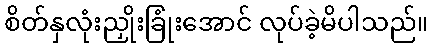
စိတ်နှလုံးညှိုးခြုံးအောင် လုပ်ခဲ့မိပါသည်။